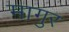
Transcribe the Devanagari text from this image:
मागुर